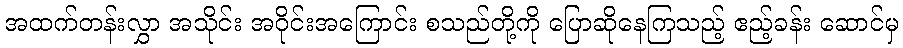
အထက်တန်းလွှာ အသိုင်း အဝိုင်းအကြောင်း စသည်တို့ကို ပြောဆိုနေကြသည့် ဧည့်ခန်း ဆောင်မှ